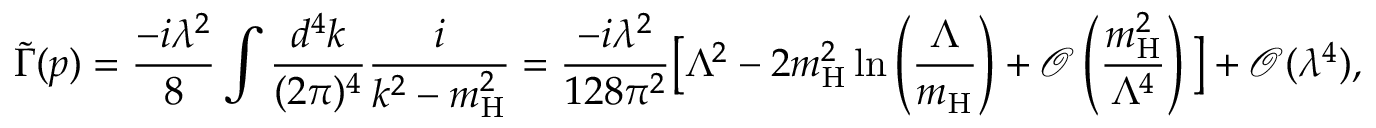
\tilde { \Gamma } ( p ) = \frac { - i \lambda ^ { 2 } } { 8 } \int \frac { d ^ { 4 } k } { ( 2 \pi ) ^ { 4 } } \frac { i } { k ^ { 2 } - m _ { \mathrm { H } } ^ { 2 } } = \frac { - i \lambda ^ { 2 } } { 1 2 8 \pi ^ { 2 } } \big [ \Lambda ^ { 2 } - 2 m _ { \mathrm { H } } ^ { 2 } \ln \left( \frac { \Lambda } { m _ { \mathrm { H } } } \right) + \mathcal { O } \left( \frac { m _ { \mathrm { H } } ^ { 2 } } { \Lambda ^ { 4 } } \right) \big ] + \mathcal { O } ( \lambda ^ { 4 } ) ,